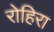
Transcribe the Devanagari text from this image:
रोहिरा